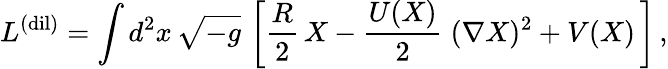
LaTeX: L^{\mathrm{(dil)}}=\int d^{2}x\, \sqrt{-g}\, \left[\frac{R}{2}\, X-\frac{U(X)}{2}\; (\nabla X)^{2}+V(X)\, \right]\, ,